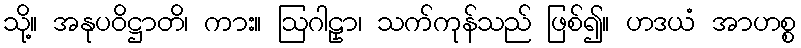
သို့။ အနုပဝိဋ္ဌာတိ၊ ကား။ ဩဂါဠှာ၊ သက်ကုန်သည် ဖြစ်၍။ ဟဒယံ အာဟစ္စ